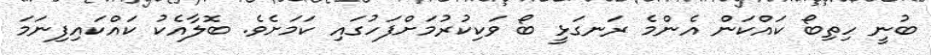
ބުނީ ހިތިބޯ ކައްކަން އެންމެ ރަނގަޅީ ބޯ ވަކިކުރުމަށްފަހުގައި ކަމަށެވެ. ބޮލާއެކު ކައްކައިފިނަމަ